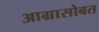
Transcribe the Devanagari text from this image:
आग्रासोबत